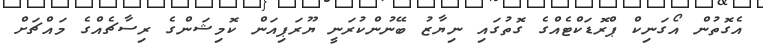
އެގޮތުން އޯގަނިކް ޕްރޮޑަކްޓެއްގެ ގޮތުގައި ނިޔާޒު ބޭނުންކުރަނީ ޔޫރަޕިއަން ކޮމިޝަންގެ ރިސާޗެއްގެ މައްޗަށް